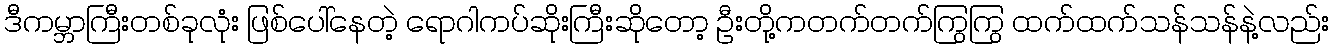
ဒီကမ္ဘာကြီးတစ်ခုလုံး ဖြစ်ပေါ်နေတဲ့ ရောဂါကပ်ဆိုးကြီးဆိုတော့ ဦးတို့ကတက်တက်ကြွကြွ ထက်ထက်သန်သန်နဲ့လည်း